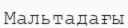
Мальтадағы